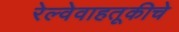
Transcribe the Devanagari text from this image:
रेल्वेवाहतूकीचे